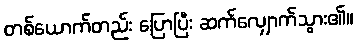
တစ်ယောက်တည်း ပြောပြီး ဆက်လျှောက်သွား၏။